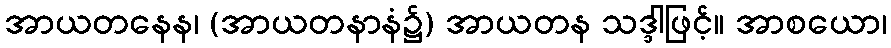
အာယတနေန၊ (အာယတနာနံ၌) အာယတန သဒ္ဒါဖြင့်။ အာစယော၊